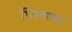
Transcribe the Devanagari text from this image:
पिलक्या